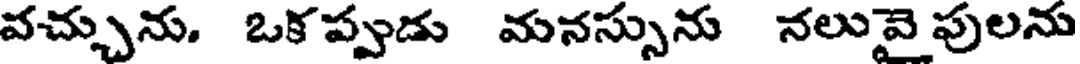
వచ్చును. ఒక ప్పుడు మనస్సును నలువై పులను